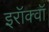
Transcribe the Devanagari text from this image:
इरॉक्वॉ